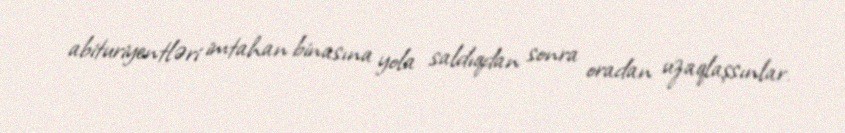
abituriyentləri imtahan binasına yola saldıqdan sonra oradan uzaqlaşsınlar.